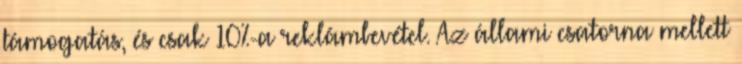
támogatás, és csak 10%-a reklámbevétel. Az állami csatorna mellett